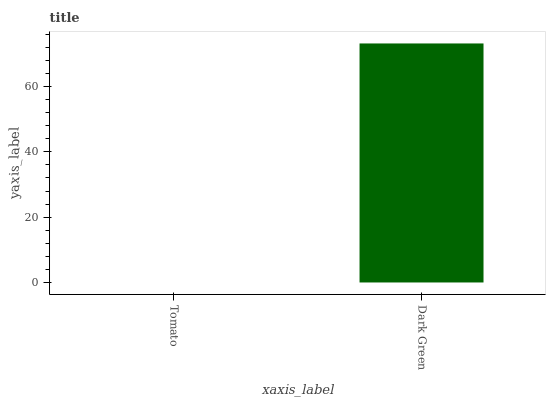
| xaxis_label | bars |
 | --- | --- |
 | Tomato | 0 |
 | Dark Green | 73.2 |